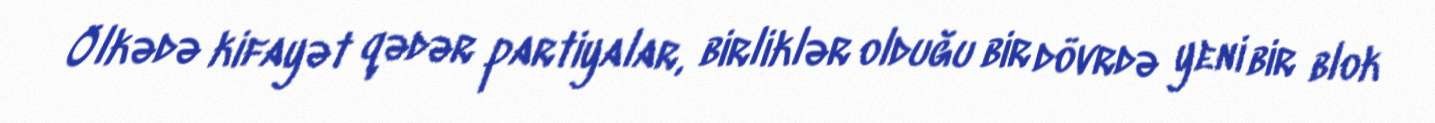
Ölkədə kifayət qədər partiyalar, birliklər olduğu bir dövrdə yeni bir blok